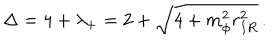
\Delta = 4 + \lambda _ { + } = 2 + \sqrt { 4 + m _ { \phi } ^ { 2 } r _ { I R } ^ { 2 } } \, .